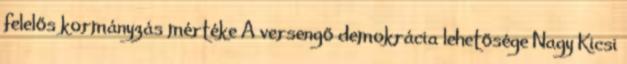
felelős kormányzás mértéke A versengő demokrácia lehetősége Nagy Kicsi